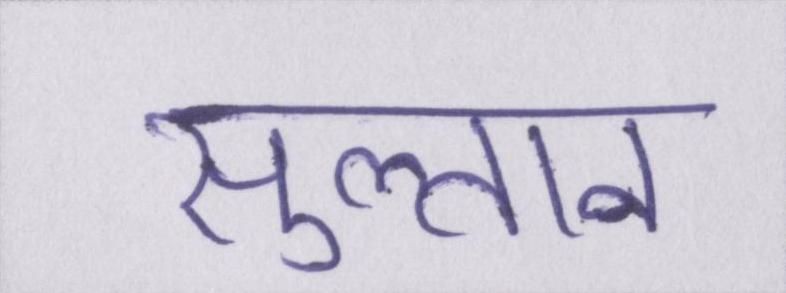
सुल्तान